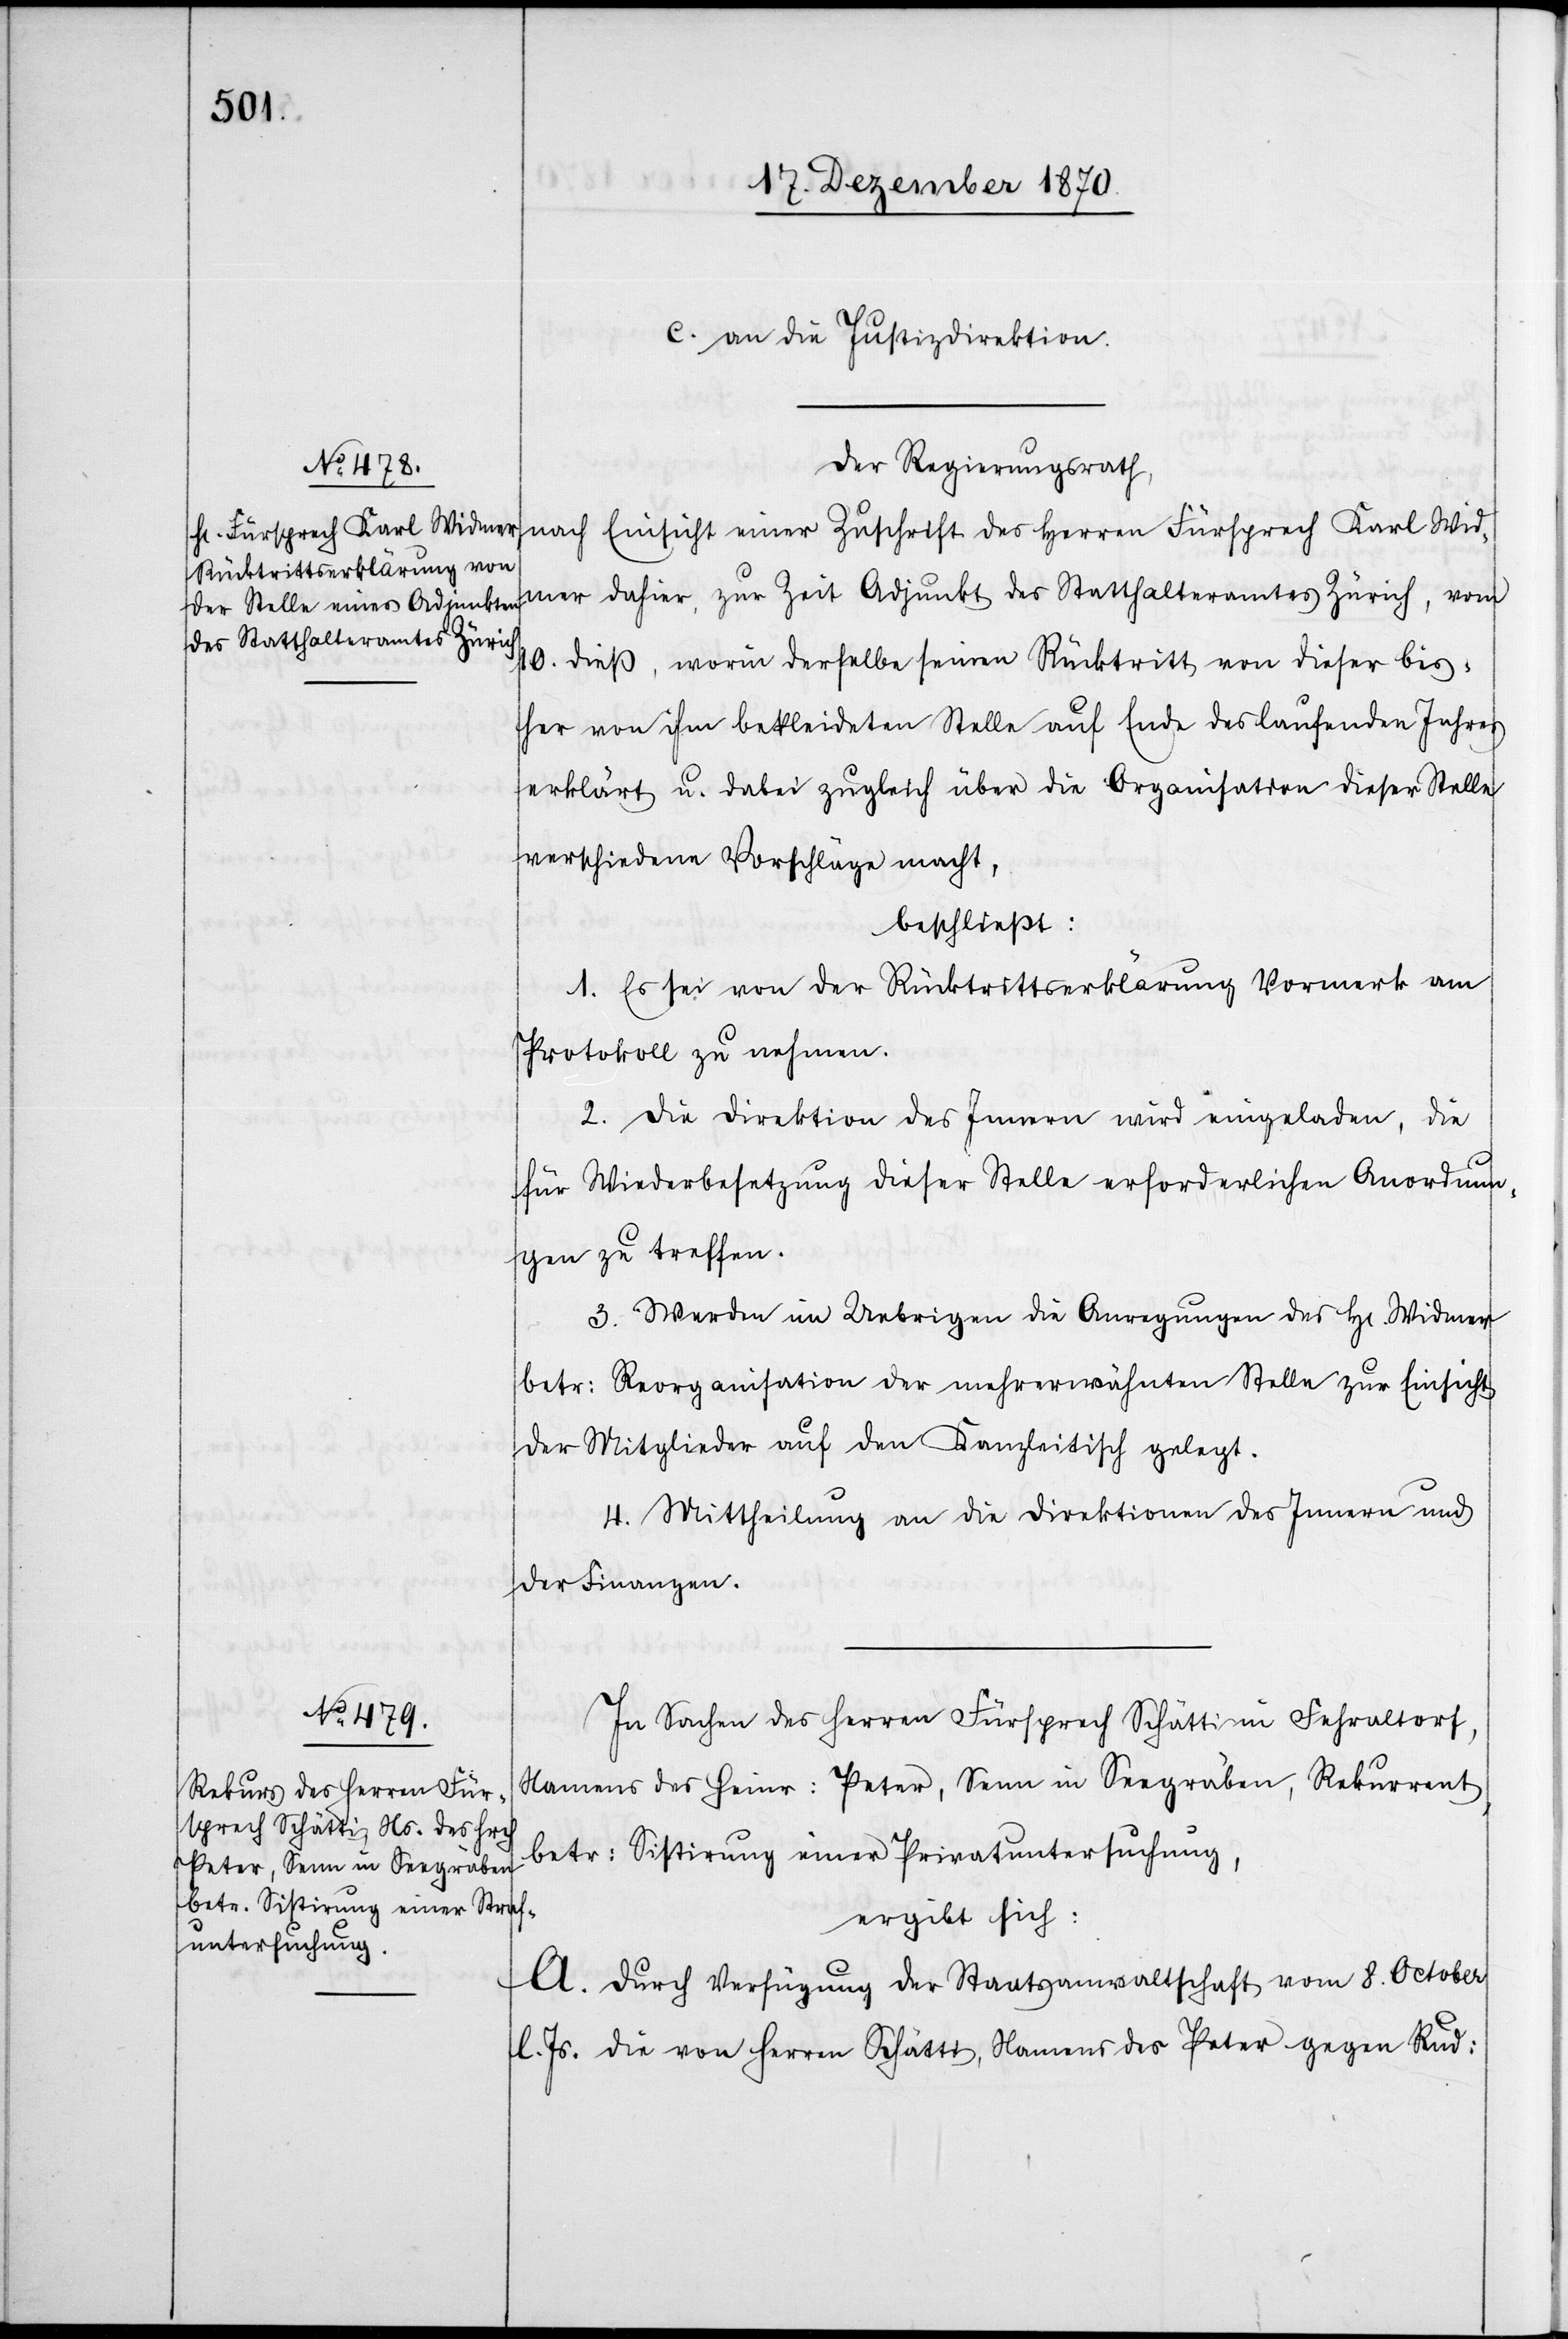
c. an die Justizdirektion.
Der Regierungsrath
nach Einsicht einer Zuschrift des Herren Fürsprech Karl Wid¬
mer dahier, zur Zeit Adjunkt des Statthalteramtes Zürich, vom
10. dieß, worin derselbe seinen Rücktritt von dieser bis¬
her von ihm bekleideten Stelle auf Ende des laufenden Jahres
erklärt u. dabei zugleich über die Organisation dieser Stelle
verschiedene Vorschläge macht,
beschließt:
1. Es sei von der Rücktrittserklärung Vormerk am
Protokoll zu nehmen.
2. Die Direktion des Innern wird eingeladen, die
für Wiederbesetzung dieser Stelle erforderlichen Anordnun¬
gen zu treffen.
3. Werden im Uebrigen die Anregungen des H[errn] Widmer
betr: Reorganisation der mehrerwähnten Stelle zur Einsicht
der Mitglieder auf den Kanzleitisch gelegt.
4. Mittheilung an die Direktionen des Innern und
der Finanzen.
In Sachen des Herren Fürsprech Schätti in Fehraltorf,
Namens des Heinr: Peter, Senn in Seegräben, Rekurrent,
betr: Sistirung einer Privatuntersuchung,
ergibt sich:
A. Durch Verfügung der Staatsanwaltschaft vom 8. October
Js. [wurde] die von Herren Schätti, Namens des Peter gegen Rud: